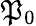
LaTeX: \mathfrak{P}_{0}